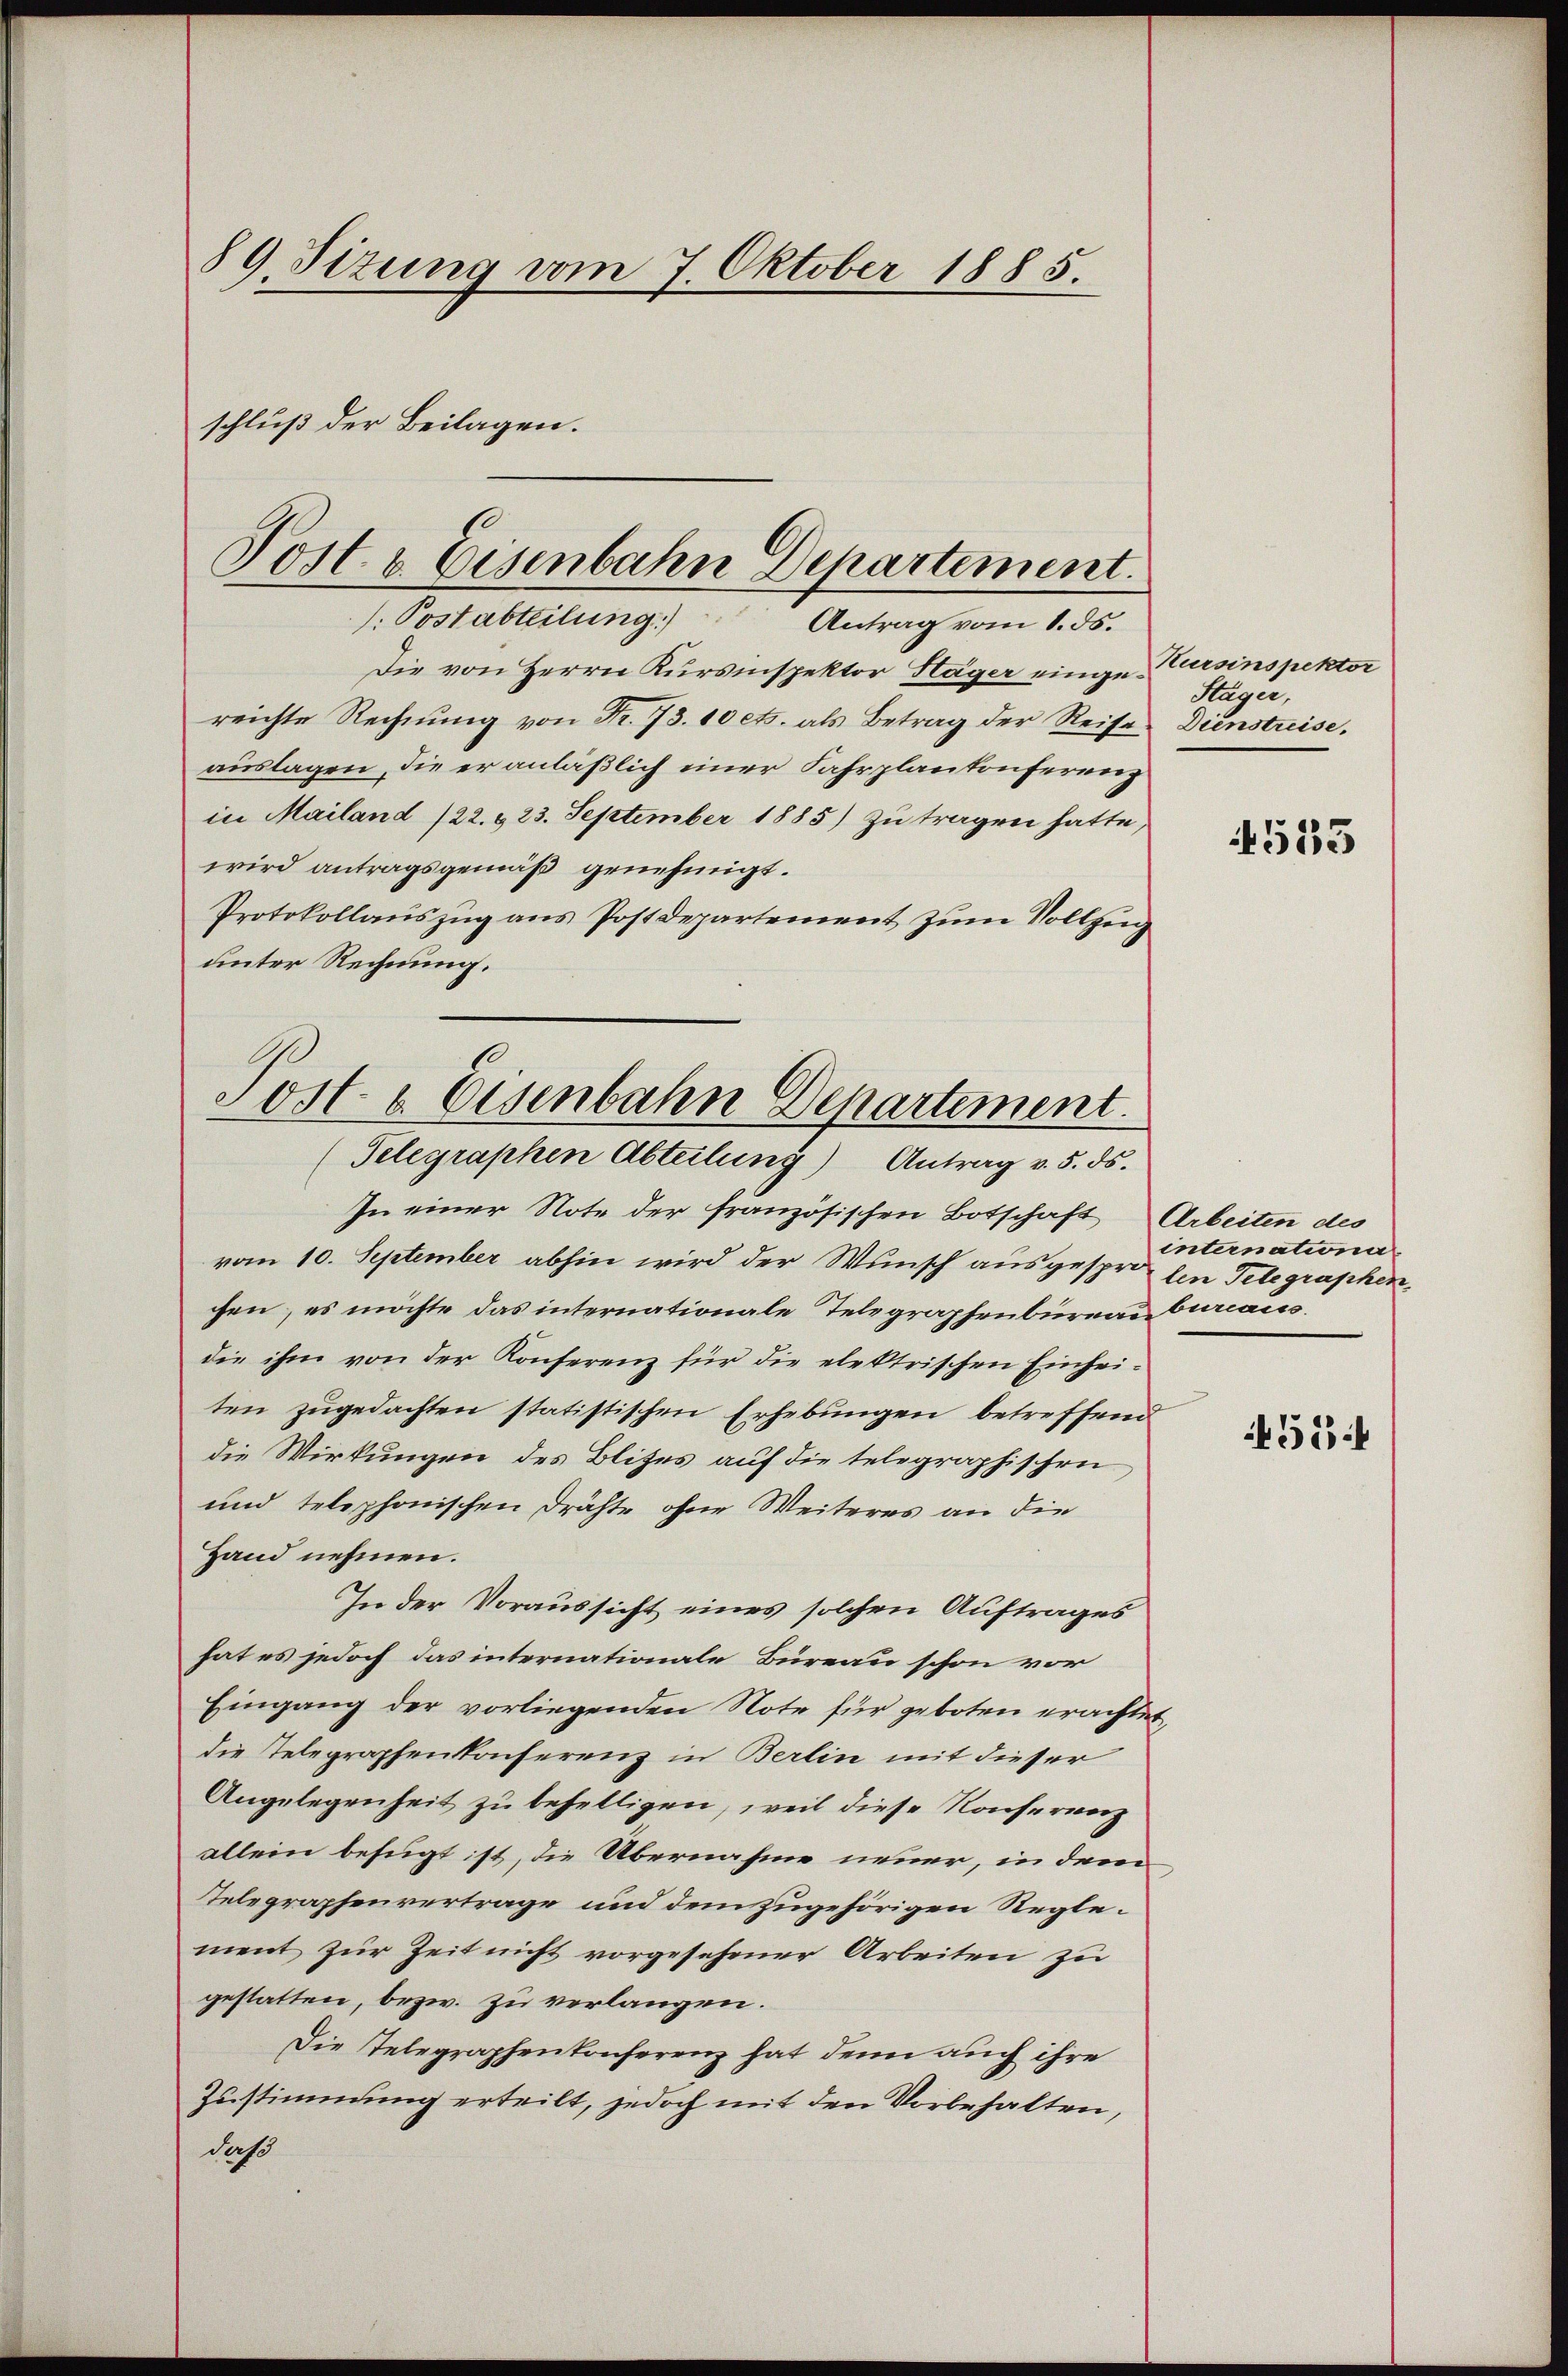
89. Sizung vom 7. Oktober 1885.

schluß der Beilagen.
Posts Eisenbahn Departement.
1. Postabteilung) Antrag vom 1. ds.

Post- & Eisenbahn Departement.
(Telegraphen Abteilung) Antrag v. 5. ds.

Die von Herrn Kursinspektor Stäger einge-Cursinspektor
reichte Rechnung von Fr. 73. 10 ets. als Betrag der Reises Dienstreise.
auslagen, die er anläßlich einer Fahrplankonferenz
in Mailand /22. & 23. September 1885) zu tragen hatte,
wird antragsgemäß genehmigt.
Protokollauszug aus Postdepartement zum Vollzug
unter Rechnung.

In einer Note der französischen Botschaft Arbeiten des
vom 10. September abhin wird der Wunsch ausgesproten Telegraphenchen, es möchte das internationale Telegraphenbureau bureaus
die ihm von der Konferenz für die elektrischen Einheiten zugedachten statistischen Erhebungen betreffend
die Wirkungen des Blitzes auf die telegraphischen,
und telephonischen Drähte ohne Weiteres an die
Hand nehmen.
In der Voraussicht eines solchen Auftrages
hat es jedoch das internationale Büreau schon vor
Eingang der vorliegenden Note für geboten erachtet,
die Telegraphenkonferenz in Berlin mit dieser
Angelegenheit zu behelligen, weil diese Konserverz
allein befugt ist, die Übernahme neuer, in dem
Telegraphenvertrage und dem zugehörigen Reglement zur Zeit nicht vorgesehener Arbeiten zu
gestatten, bezw. zu verlangen.
Die Telegraphenkonferenz hat denn auch ihre
Zustimmung erteilt, jedoch mit den Vorbehalten,
daß

Stäger,

4555

internationa

455: